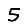
Digit: 5